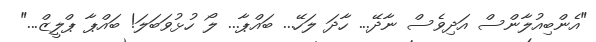
"އެންބިއުލާންސް އަދިވެސް ނާދޭ... ހާދަ ލަހޭ... ބައްޕާ... ލޯ ހުޅުވަަބަލަ! ބައްޕާ ޕްލީޒް..."